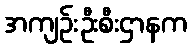
အကျဉ်းဦးစီးဌာနက